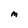
Character: M